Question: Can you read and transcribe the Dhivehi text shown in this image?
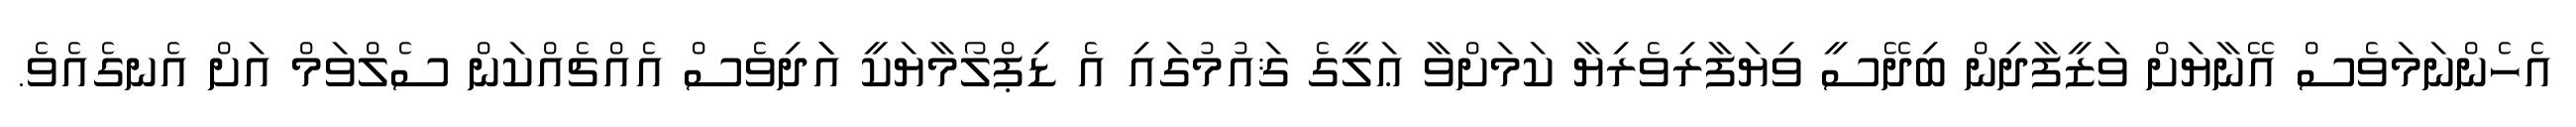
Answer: އެހެންނަމަވެސް އޭނާޔަށް ވަޒީފާދިން ބިދޭސީ ވިޔަފާރިވެރިޔާ ކަމަށްވާ ޢަލީގެ ޤައުމުގައި އެ ޑިޕްލޯމާޔަކީ އަަދިވެސް އެއްޗެއްކަން ސެލްވަމް އަށް އެނގެއެވެ.